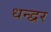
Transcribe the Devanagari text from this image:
धन्द्वर